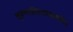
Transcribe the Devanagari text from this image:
सूक्ष्मजीवशास्त्रातील